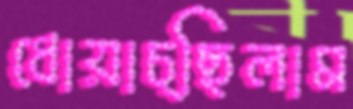
ধোয়াচ্ছিলাম